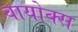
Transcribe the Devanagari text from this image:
वायोक्स